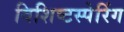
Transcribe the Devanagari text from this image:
विशिष्टस्पेरिंग